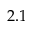
2 . 1